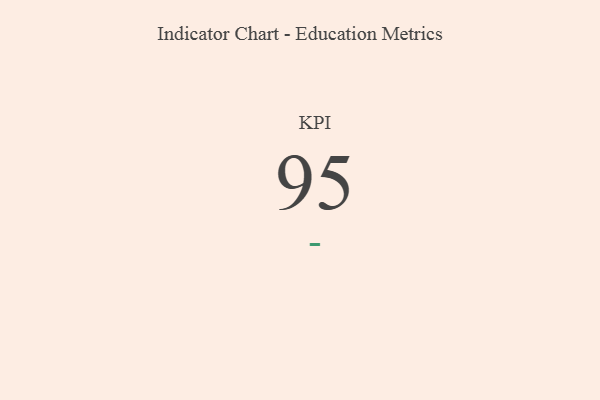
{"axis": {"x": "KPI", "y": "Value"}, "legend": [""], "data": [{"x": "KPI", "y": 95, "type": ""}]}